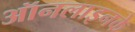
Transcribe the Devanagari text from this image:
ऑनलाइनके